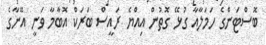
ބޮސްޓަންގެ ހަމަލާއާ ގުޅޭ ގޮތުން އިއްޔެ ރައީސް ބަރަކް އޮބާމާ ވަނީ އޭނާގެ